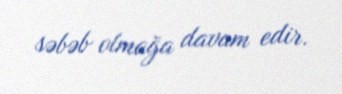
səbəb olmağa davam edir.